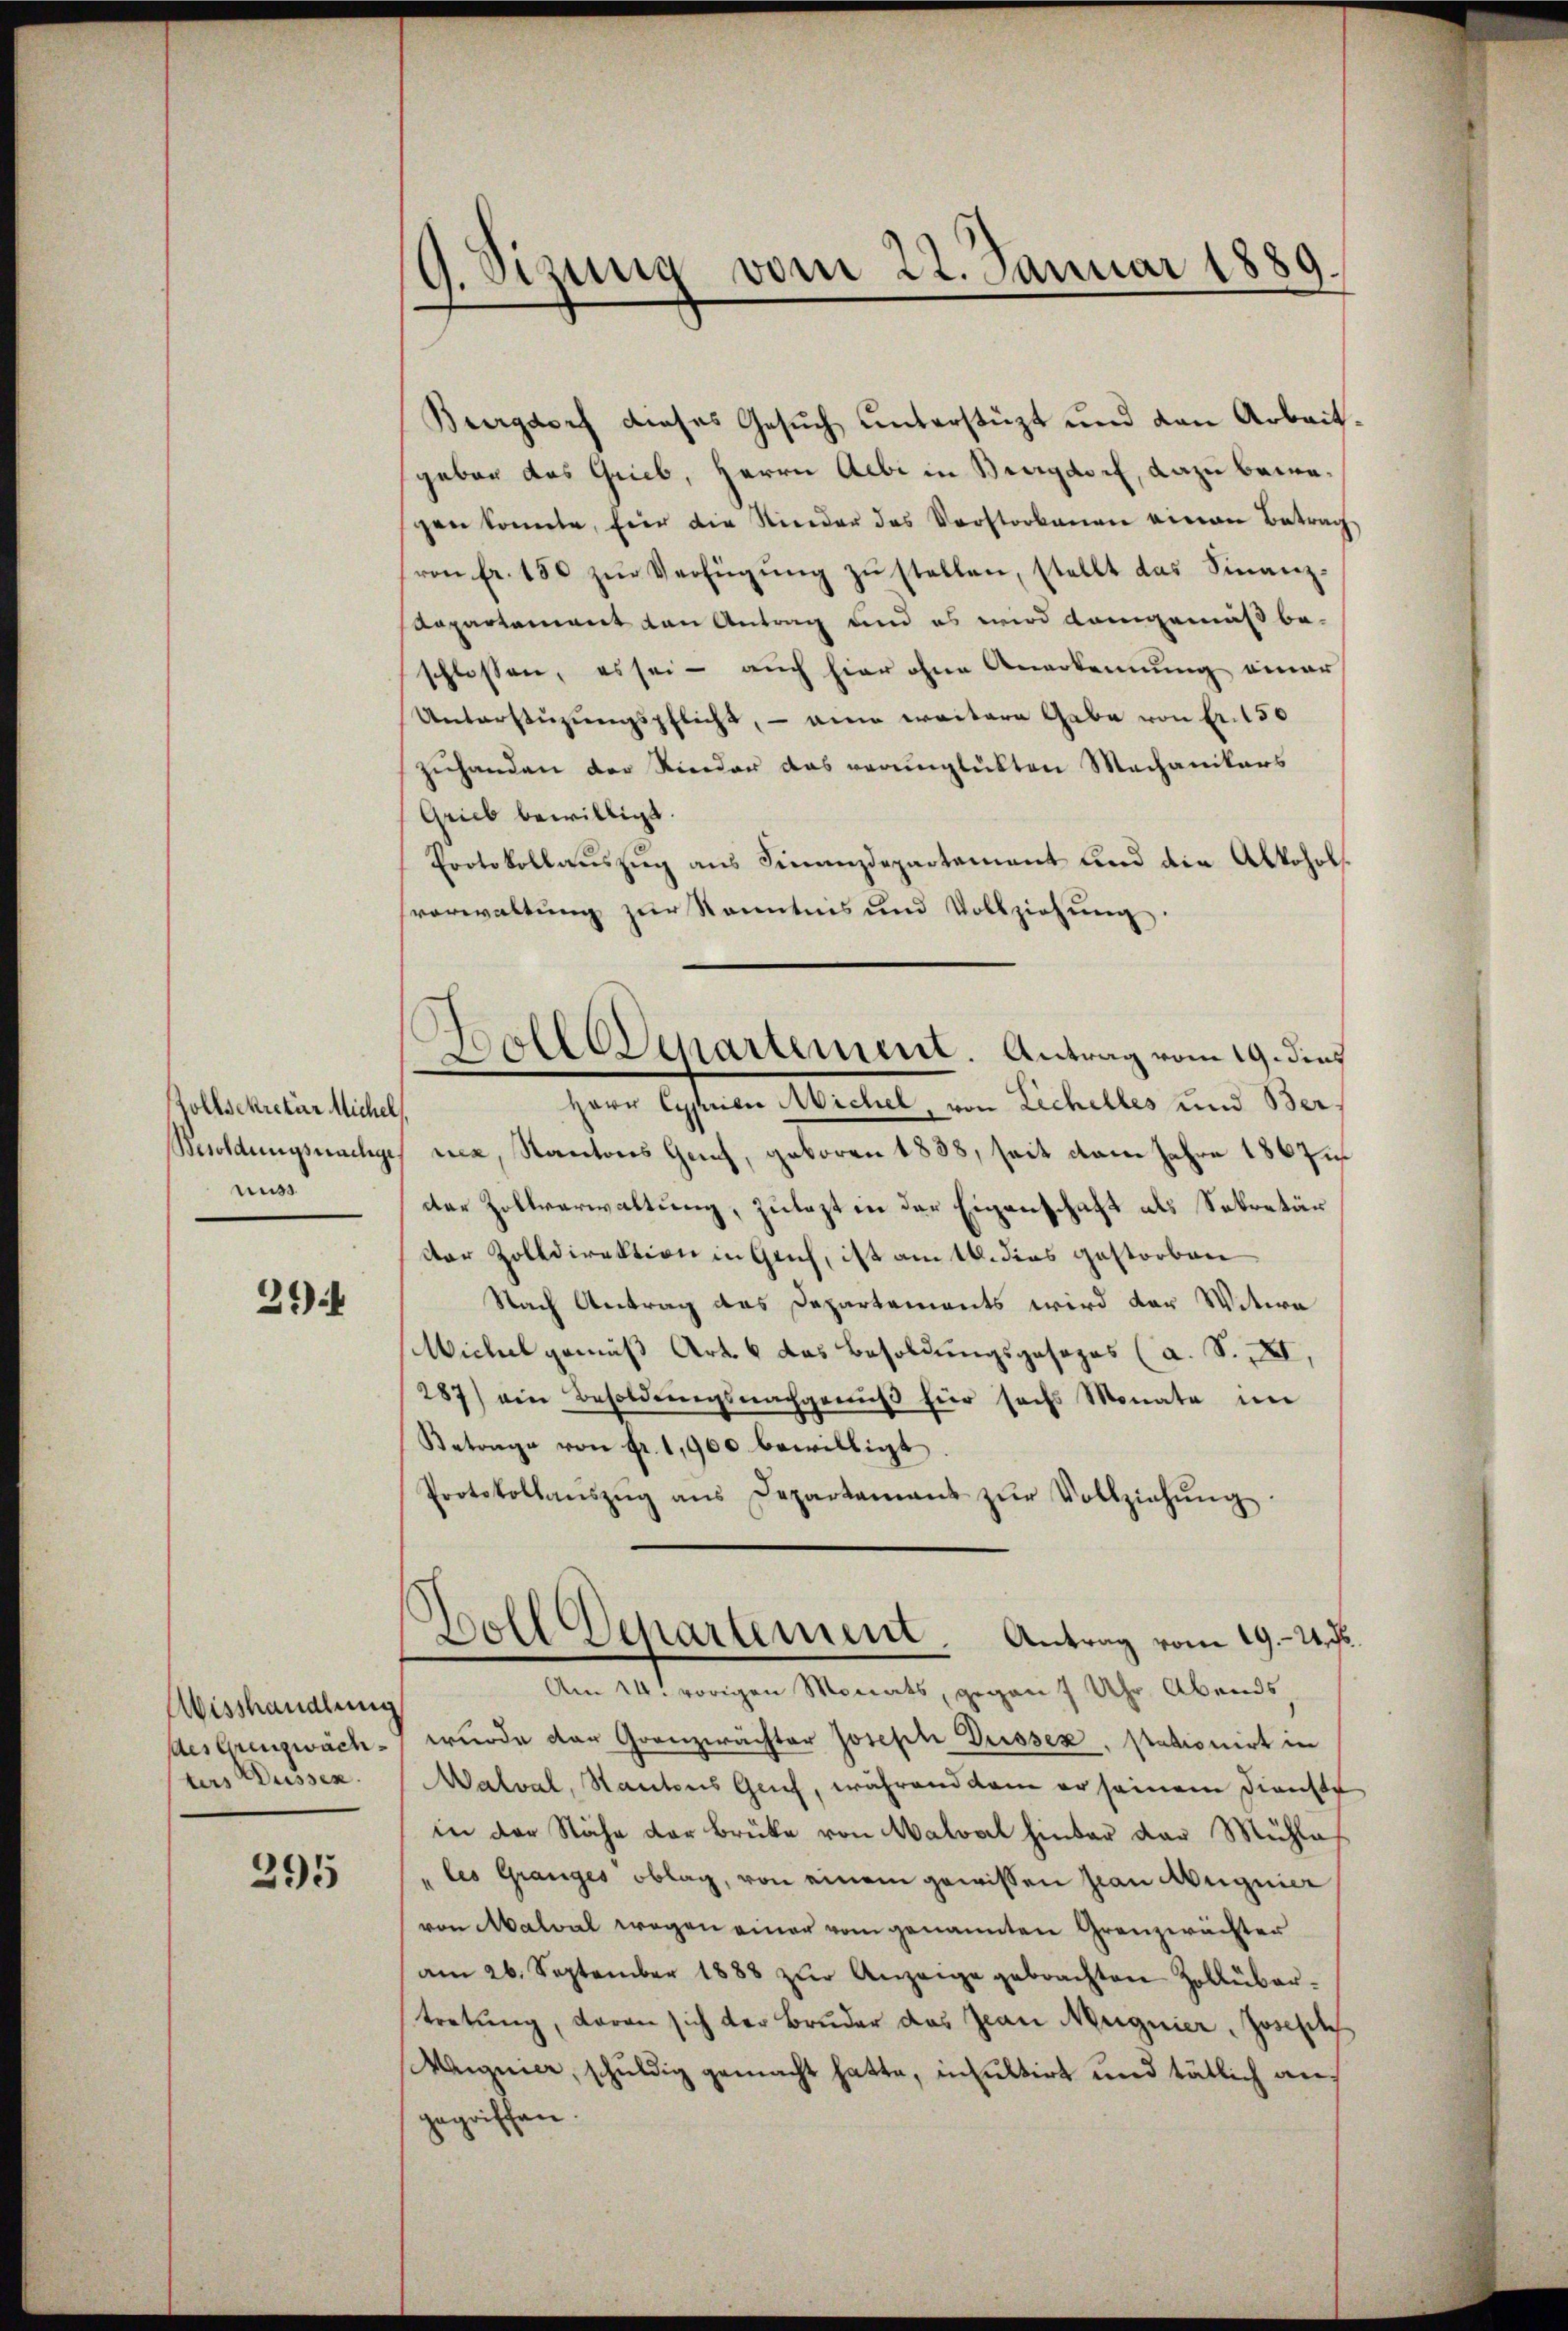
Zollsekretär Michel
Besoldungsnachge
nuss

394

Aisshandlung
des Grenzwachters Düssen.

395

G. Sizung vom 22. Januar 1889

Burgdorf dieses Gesuch unterstüzt und den Arbeitgeben das Grieb, Herrn Aebi in Burgdorf, dazu bewagen konnte, für die Nieder des Vorstorbenen einen Betrag
(von Fr. 150 zŭr Verfügŭng zŭ stellen, stellt das Finanz-
Aapartement den Antrag und es wird demgemäß beschlossen, es sei - auch hier ohne Anerkennung einer
Unterstüzungspflicht, - eine weitere Gabe von Fr. 150
zuhanden der Nieder das verunglükten Mechanikers
Grieb bewilligt.
Protokollauszug aus Finanzdepartement und die Alkoholvorwaltung zur Kenntnis und Vollziehŭng
Herr Cyprian Michel, von Lechelles und Ber
nca, Kantons Genf, geboren 1888, seit vom Jahre 1867 u
der Zollverwaltung, zulezt in der Eigenschaft als Sekretär
der Zolldirektion in Gerich, ist am 16. dies gestorben
Nach Antrag des Departements wird der Witwe
Wichel gemäß Art. 6 das Besoldungsgesezes (a. S. XI,
287) ein Besoldŭngsnachgenŭβ hier sechs Monate im
Betrage von Fr. 1,900 bewilligt.
Protokollanszŭg ans Departamant zŭr Vollziehŭng
Boll Departement. Antrag vom 19. 24. J.
Am 24. vorigen Monats, gegen 7 Uhr Abends,
wurde den Granzwächter Joseph Düssex, Stationirt in
Walval, Kantons Genf, während dem er seinem Dienste
in der Nähe der Brüke von Malval hinter der Mühle
" les Granges oblag, von einem gewissen an Augnier
von Malval wegen einer vom genannten Granzwächter
am 26. September 1888 zŭr Anzeige gebrachten Zollüber-
tretung, daran sich der Bruder das Jean Magnier, Joseph
Maignier, schuldig gemacht hatte, insultirt und tätlich angegriffen.

Boll Departement. Antrag vom 19. dies